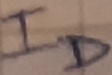
Text: ID